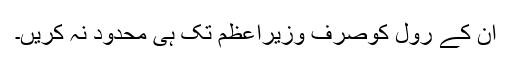
ان کے رول کوصرف وزیراعظم تک ہی محدود نہ کریں۔